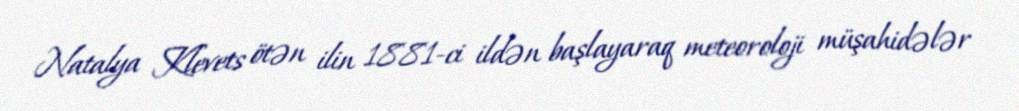
Natalya Klevets ötən ilin 1881-ci ildən başlayaraq meteoroloji müşahidələr